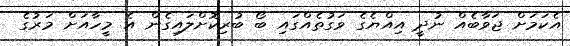
އެކަމަށް ޖަވާބެއް ނުދީ އިއްޔެގެ ވަގުތެއްގައި ބޯ ބުރިކޮށްލައިގެން އެ މީހާއަށް މަރުގެ